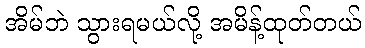
အိမ်ဘဲ သွားရမယ်လို့ အမိန့်ထုတ်တယ်